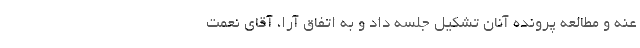
عنه و مطالعه پرونده آنان تشکیل جلسه داد و به اتفاق آرا، آقای نعمت